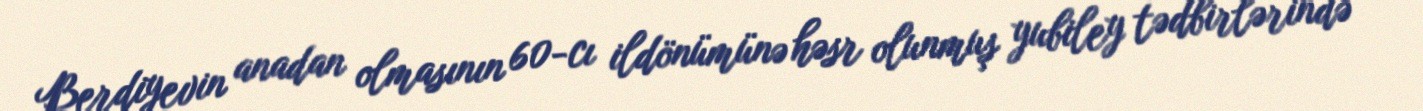
Berdiyevin anadan olmasının 60-cı ildönümünə həsr olunmuş yubiley tədbirlərində